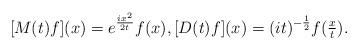
LaTeX: \begin{align*}[M(t) f](x) = e^{\frac{ix^2}{2t}}f(x),[D(t)f](x) = (it)^{-\frac12}f(\tfrac{x}{t}). \end{align*}